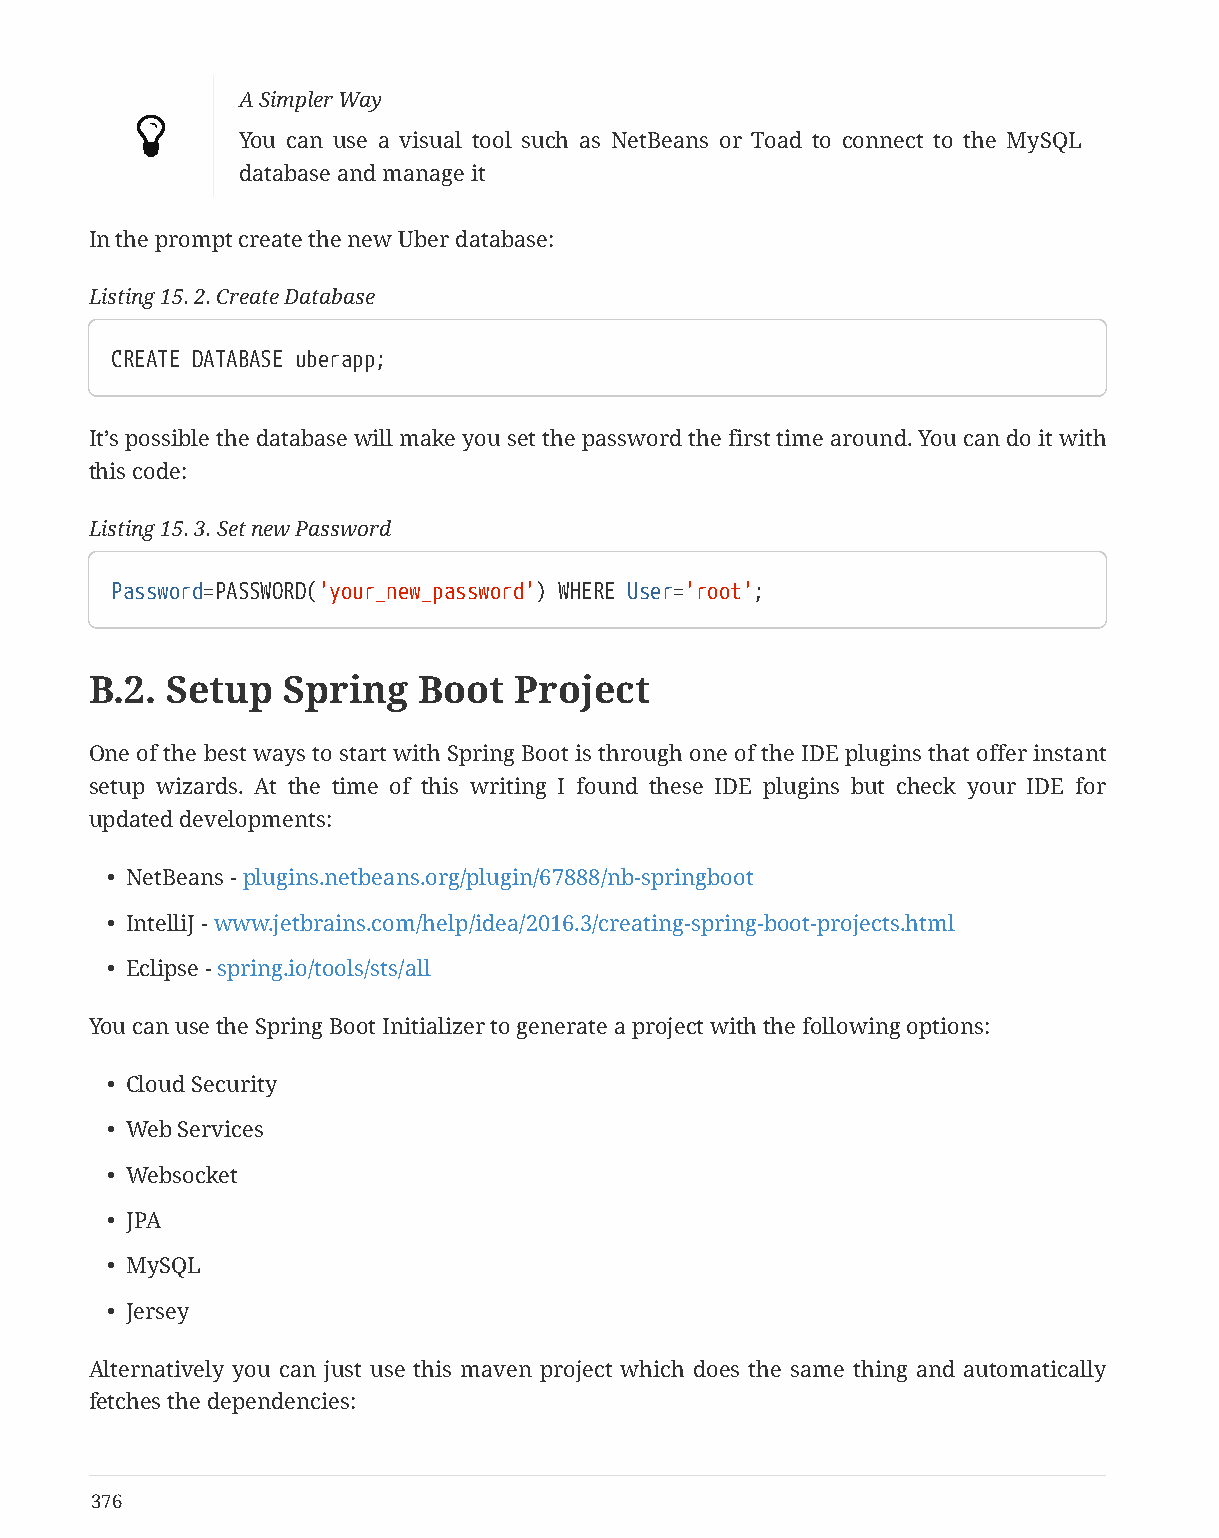
A Simpler Way
 
 You can use a visual tool such as NetBeans or Toad to connect to the MySQL
 database and manage it
 In the prompt create the new Uber database:
 Listing 15. 2. Create Database
 CREATE DATABASE uberapp;
 It’s possible the database will make you set the password the first time around. You can do it with
 this code:
 Listing 15. 3. Set new Password
 Password=PASSWORD('your_new_password') WHERE User='root';
 B.2. Setup   Spring   Boot  Project
 One of the best ways to start with Spring Boot is through one of the IDE plugins that offer instant
 setup wizards. At the time of this writing I found these IDE plugins but check your IDE for
 updated developments:
 • NetBeans - plugins.netbeans.org/plugin/67888/nb-springboot
 • IntelliJ - www.jetbrains.com/help/idea/2016.3/creating-spring-boot-projects.html
 • Eclipse - spring.io/tools/sts/all
 You can use the Spring Boot Initializer to generate a project with the following options:
 • Cloud Security
 • Web Services
 • Websocket
 • JPA
 • MySQL
 • Jersey
 Alternatively you can just use this maven project which does the same thing and automatically
 fetches the dependencies:
 376